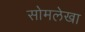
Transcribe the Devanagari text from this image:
सोमलेखा